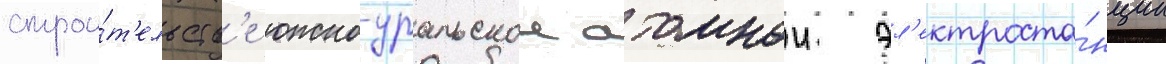
строи́т'ельств'е южно-уральскои атомнои эл'ектроста́нции